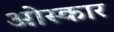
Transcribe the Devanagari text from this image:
ओस्कार